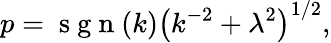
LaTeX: p=\mathrm{~s~g~n~}(k)\left(k^{-2}+\lambda^{2}\right)^{1/2},